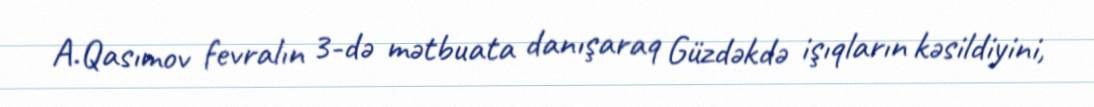
A.Qasımov fevralın 3-də mətbuata danışaraq Güzdəkdə işıqların kəsildiyini,